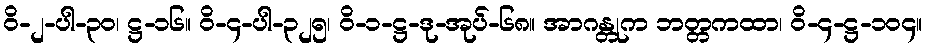
ဝိ-၂-ပါ-၃၀၊ ဋ္ဌ-၁၆။ ဝိ-၄-ပါ-၃၂၅၊ ဝိ-၁-ဋ္ဌ-ဒု-အုပ်-၆၈။ အာဂန္တုက ဘတ္တကထာ၊ ဝိ-၄-ဋ္ဌ-၁၀၄။